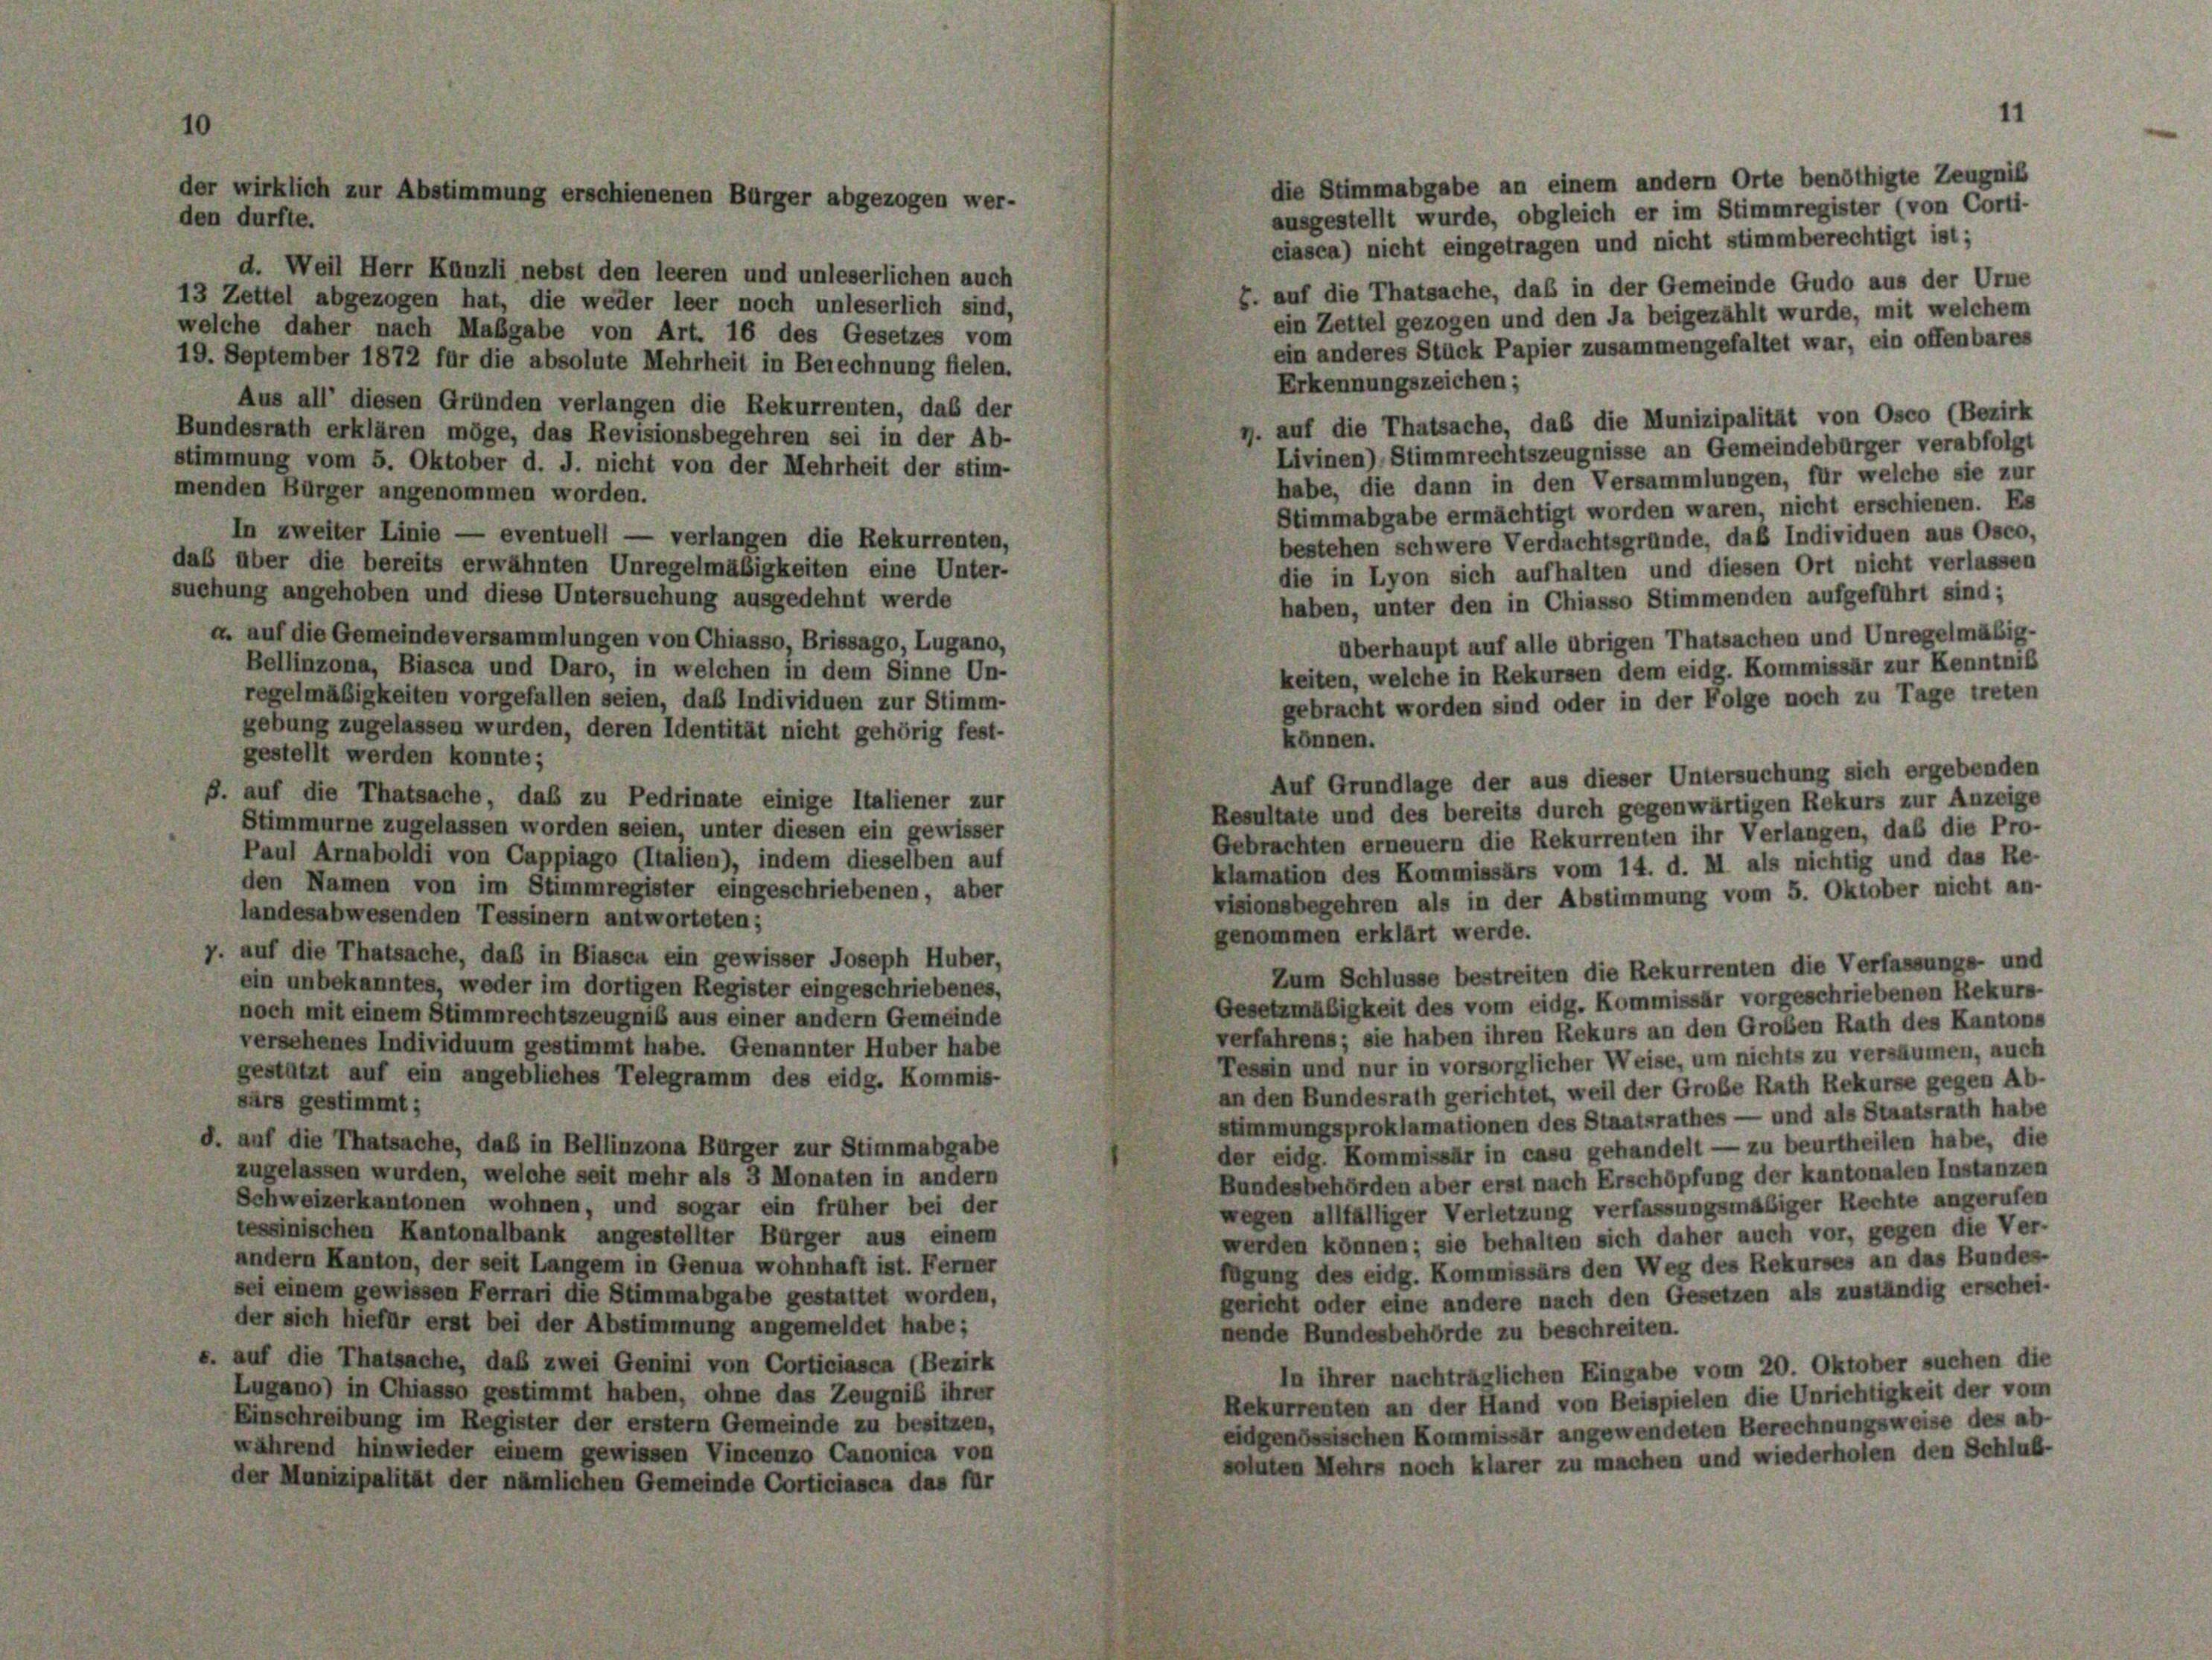
der wirklich zur Abstimmung erschienenen Bürger abgezogen wer-
den durfte.

die Stimmabgabe an einem andern Orte benöthigte Zeugniß
ausgestellt wurde, obgleich er im Stimmregister (von Corti-
ciasca) nicht eingetragen und nicht stimmberechtigt ist;
d. Weil Herr Kanzli nebst den leeren und unleserlichen auch
Z. auf die Thatsache, daß in der Gemeinde Gudo aus der Urne
13 Zettel abgezogen hat, die weder leer noch unleserlich sind,
ein Zettel gezogen und den Ja beigezählt wurde, mit welchem
welche daher nach Maßgabe von Art. 16 des Gesetzes vom
ein anderes Stück Papier zusammengefaltet war, ein offenbares
19. September 1872 für die absolute Mehrheit in Berechnung fielen.
Erkennungszeichen;
Aus all’ diesen Gründen verlangen die Rekurrenten, das der
y. auf die Thatsache, daß die Munizipalität von Osco (Bezirk
Bundesrath erklären möge, das Revisionsbegehren sei in der Ab-
Livinen), Stimmrechtszeugnisse an Gemeindebürger verabfolgt
stimmung vom 5. Oktober d. J. nicht von der Mehrheit der stim-
habe, die dann in den Versammlungen, für welche sie zur
menden Bürger angenommen worden.
Stimmabgabe ermächtigt worden waren, nicht erschienen. Es
In zweiter Linie — eventuell — verlangen die Rekurrenten,
bestehen schwere Verdachtsgründe, das Individuen aus Osco,
daß über die bereits erwähnten Unregelmäßigkeiten eine Unter-
die in Lyon sich aufhalten und diesen Ort nicht verlassen
suchung angehoben und diese Untersuchung ausgedehnt werde
haben, unter den in Chiasso Stimmenden aufgeführt sind;
a. auf die Gemeindeversammlungen von Chiasso, Brissago, Lugano,
überhaupt auf alle übrigen Thatsachen und Unregelmäßig-
Bellinzona, Biasca und Daro, in welchen in dem Sinne Un-
keiten, welche in Rekursen dem eidg. Kommissär zur Kenntniß
regelmäßigkeiten vorgefallen seien, das Individuen zur Stimm-
gebracht worden sind oder in der Folge noch zu Tage treten
gebung zugelassen wurden, deren Identität nicht gehörig fest-
können.
gestellt werden konnte;
Auf Grundlage der aus dieser Untersuchung sich ergebenden
S. auf die Thatsache, daß zu Pedrinate einige Italiener zur
Resultate und des bereits durch gegenwärtigen Rekurs zur Anzeige
Stimmurne zugelassen worden seien, unter diesen ein gewisser
Gebrachten erneuern die Rekurrenten ihr Verlangen, daß die Pro-
Paul Arnaboldi von Cappiago (Italien), indem dieselben auf
klamation des Kommissärs vom 14. d. M als nichtig und das Re-
den Namen von im Stimmregister eingeschriebenen, aber
visionsbegehren als in der Abstimmung vom 5. Oktober nicht an-
landesabwesenden Tessinern antworteten;
genommen erklärt werde.
y. auf die Thatsache, daß in Biasca ein gewisser Joseph Huber,
Zum Schlusse bestreiten die Rekurrenten die Verfassungs- und
ein unbekanntes, weder im dortigen Register eingeschriebenes,
Gesetzmäßigkeit des vom eidg. Kommissär vorgeschriebenen Rekurs-
noch mit einem Stimmrechtszeugnis aus einer andern Gemeinde
verfahrens; sie haben ihren Rekurs an den Großen Rath des Kantons
versehenes Individuum gestimmt habe. Genannter Huber habe
Tessin und nur in vorsorglicher Weise, um nichts zu versäumen, auch
gestützt auf ein angebliches Telegramm des eidg. Kommis-
an den Bundesrath gerichtet, weil der Große Rath Rekurse gegen Ab-
sars gestimmt;
stimmungsproklamationen des Staatsrathes — und als Staatsrath habe
d. auf die Thatsache, daß in Bellinzona Bürger zur Stimmabgabe
der eidg. Kommissär in casu gehandelt — zu beurtheilen habe, die
zugelassen wurden, welche seit mehr als 3 Monaten in andern
Bundesbehörden aber erst nach Erschöpfung der kantonalen Instanzen
Schweizerkantonen wohnen, und sogar ein früher bei der
wegen allfälliger Verletzung verfassungsmäßiger Rechte angerufen
tessinischen Kantonalbank angestellter Bürger aus einem
werden können; sie behalten sich daher auch vor, gegen die Ver-
andern Kanton, der seit Langem in Genua wohnhaft ist. Ferner
fügung des eidg. Kommissärs den Weg des Rekurses an das Bundes-
sei einem gewissen Ferrari die Stimmabgabe gestattet worden,
gericht oder eine andere nach den Gesetzen als zuständig erschei-
der sich hiefür erst bei der Abstimmung angemeldet habe;
nende Bundesbehörde zu beschreiten.
s. auf die Thatsache, daß zwei Genini von Corticiasca (Bezirk
In ihrer nachträglichen Eingabe vom 20. Oktober suchen die
Lugano) in Chiasso gestimmt haben, ohne das Zeugniß ihrer
Rekurrenten an der Hand von Beispielen die Unrichtigkeit der vom
Einschreibung im Register der erstem Gemeinde zu besitzen,
eidgenössischen Kommissär angewendeten Berechnungsweise des ab-
während hinwieder einem gewissen Vincenzo Canonica von
soluten Mehrs noch klarer zu machen und wiederholen den Schluß-
der Munizipalität der nämlichen Gemeinde Corticiasca das für

11